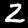
Label: 2